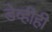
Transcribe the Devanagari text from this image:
डेव्हीही